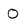
Character: 0